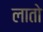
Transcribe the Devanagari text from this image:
लातो